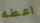
اعطه